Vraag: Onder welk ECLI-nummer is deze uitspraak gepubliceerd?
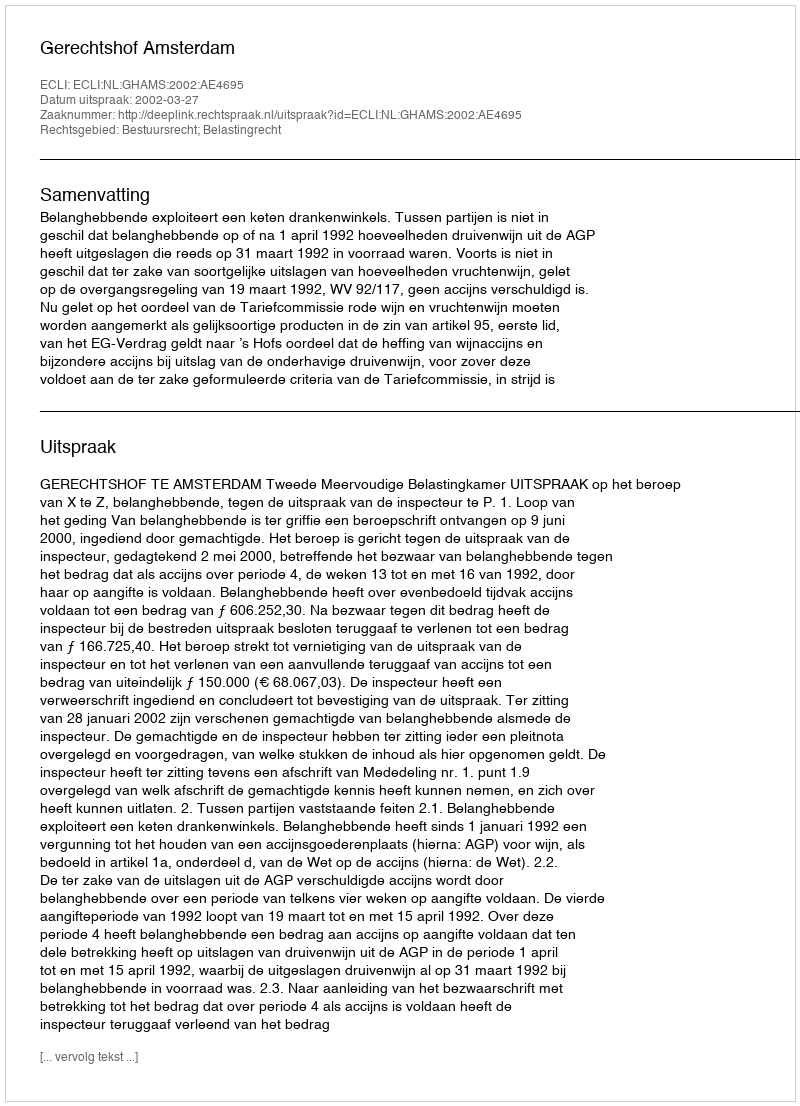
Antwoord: ECLI:NL:GHAMS:2002:AE4695